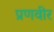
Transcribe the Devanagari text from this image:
प्रणवीर